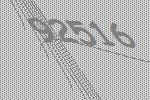
92516